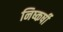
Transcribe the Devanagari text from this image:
निष्कर्षी